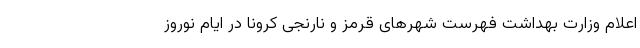
اعلام وزارت بهداشت فهرست شهر‌های قرمز و نارنجی کرونا در ایام نوروز